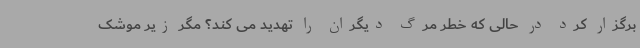
برگزار کرد در حالی که خطر مرگ دیگران را تهدید می کند؟ مگر زیر موشک